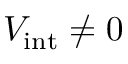
V _ { \mathrm { i n t } } \neq 0